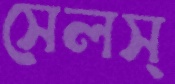
সেলস্